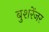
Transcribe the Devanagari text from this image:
बुशरेंजर